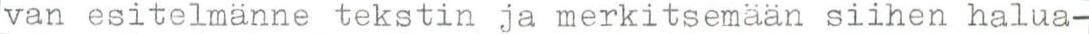
van esitelmänne tekstin ja merkitsemään siihen halua-